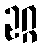
ဥဂ္ဂ